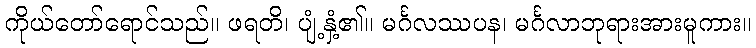
ကိုယ်တော်ရောင်သည်။ ဖရတိ၊ ပျံ့နှံ့၏။ မင်္ဂလဿပန၊ မင်္ဂလာဘုရားအားမူကား။